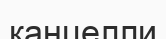
канцелли